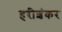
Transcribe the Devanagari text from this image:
हरीशंकर